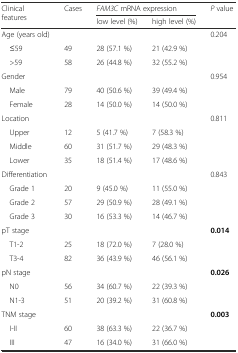
<table><thead><tr><td rowspan="2"><b>Clinical features</b></td><td rowspan="2"><b>Cases</b></td><td colspan="2"><b><i>FAM3C</i> mRNA expression</b></td><td rowspan="2"><b><i>P</i> value</b></td></tr><tr><td><b>low level (%)</b></td><td><b>high level (%)</b></td></tr></thead><tbody><tr><td>Age (years old)</td><td></td><td></td><td></td><td>0.204</td></tr><tr><td> ≤59</td><td>49</td><td>28 (57.1 %)</td><td>21 (42.9 %)</td><td></td></tr><tr><td> &gt;59</td><td>58</td><td>26 (44.8 %)</td><td>32 (55.2 %)</td><td></td></tr><tr><td>Gender</td><td></td><td></td><td></td><td>0.954</td></tr><tr><td> Male</td><td>79</td><td>40 (50.6 %)</td><td>39 (49.4 %)</td><td></td></tr><tr><td> Female</td><td>28</td><td>14 (50.0 %)</td><td>14 (50.0 %)</td><td></td></tr><tr><td>Location</td><td></td><td></td><td></td><td>0.811</td></tr><tr><td> Upper</td><td>12</td><td>5 (41.7 %)</td><td>7 (58.3 %)</td><td></td></tr><tr><td> Middle</td><td>60</td><td>31 (51.7 %)</td><td>29 (48.3 %)</td><td></td></tr><tr><td> Lower</td><td>35</td><td>18 (51.4 %)</td><td>17 (48.6 %)</td><td></td></tr><tr><td>Differentiation</td><td></td><td></td><td></td><td>0.843</td></tr><tr><td> Grade 1</td><td>20</td><td>9 (45.0 %)</td><td>11 (55.0 %)</td><td></td></tr><tr><td> Grade 2</td><td>57</td><td>29 (50.9 %)</td><td>28 (49.1 %)</td><td></td></tr><tr><td> Grade 3</td><td>30</td><td>16 (53.3 %)</td><td>14 (46.7 %)</td><td></td></tr><tr><td>pT stage</td><td></td><td></td><td></td><td><b>0.014</b></td></tr><tr><td> T1-2</td><td>25</td><td>18 (72.0 %)</td><td>7 (28.0 %)</td><td></td></tr><tr><td> T3-4</td><td>82</td><td>36 (43.9 %)</td><td>46 (56.1 %)</td><td></td></tr><tr><td>pN stage</td><td></td><td></td><td></td><td><b>0.026</b></td></tr><tr><td> N0</td><td>56</td><td>34 (60.7 %)</td><td>22 (39.3 %)</td><td></td></tr><tr><td> N1-3</td><td>51</td><td>20 (39.2 %)</td><td>31 (60.8 %)</td><td></td></tr><tr><td>TNM stage</td><td></td><td></td><td></td><td><b>0.003</b></td></tr><tr><td> I-II</td><td>60</td><td>38 (63.3 %)</td><td>22 (36.7 %)</td><td></td></tr><tr><td> III</td><td>47</td><td>16 (34.0 %)</td><td>31 (66.0 %)</td><td></td></tr></tbody></table>